Civil Veterinary Dept. North-West Frontier Province 1933-46 - 1933-1946
Year: 1933
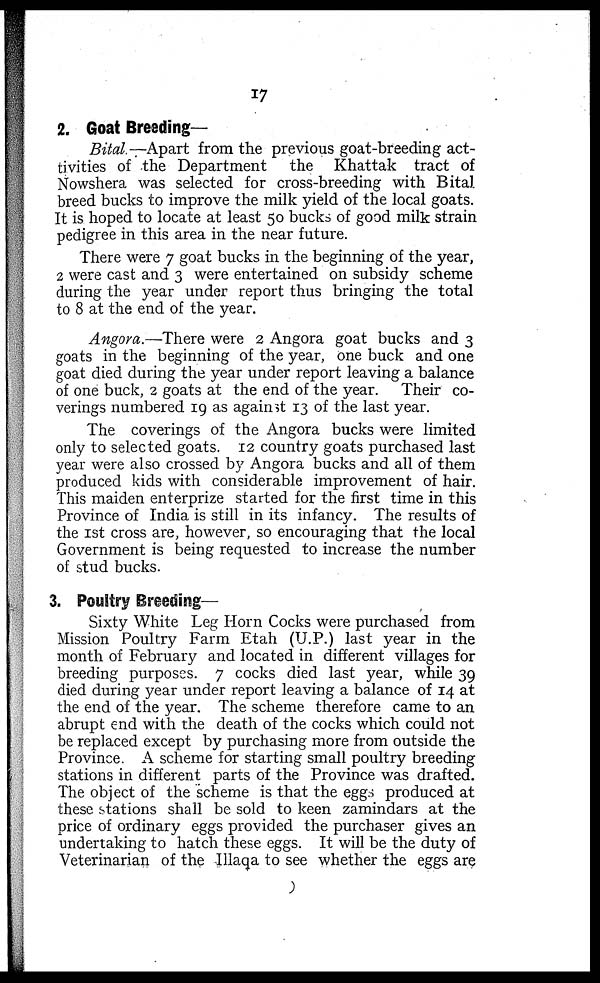
17
2. Goat Breeding—
Bital.—Apart from the previous goat-breeding act-
-ivities of the Department
the Khattak tract of
Nowshera was selected for cross-breeding with Bital
breed bucks to improve the milk yield of the local goats.
It is hoped to locate at least 50 bucks of good milk strain
pedigree in this area in the near future.
There were 7 goat bucks in the beginning of the year,
2 were cast and 3 were entertained on subsidy scheme
during the year under report thus bringing the total
to 8 at the end of the year.
Angora.—There were 2 Angora goat bucks and 3
goats in the beginning of the year, one buck and one
goat died during the year under report leaving a balance
of one buck, 2 goats at the end of the year. Their co-
verings numbered 19 as against 13 of the last year.
The coverings of the Angora bucks were limited
only to selected goats. 12 country goats purchased last
year were also crossed by Angora bucks and all of them
produced kids with considerable improvement of hair.
This maiden enterprize started for the first time in this
Province of India is still in its infancy. The results of
the 1st cross are, however, so encouraging that the local
Government is being requested to increase the number
of stud bucks.
3. Poultry Breeding—
Sixty White Leg Horn Cocks were purchased from
Mission Poultry Farm Etah (U.P.) last year in the
month of February and located in different villages for
breeding purposes. 7 cocks died last year, while 39
died during year under report leaving a balance of 14 at
the end of the year. The scheme therefore came to an
abrupt end with the death of the cocks which could not
be replaced except by purchasing more from outside the
Province A scheme for starting small poultry breeding
stations in different parts of the Province was drafted.
The object of the scheme is that the eggs produced at
these stations shall be sold to keen zamindars at the
price of ordinary eggs provided the purchaser gives an
undertaking to hatch these eggs. It will be the duty of
Veterinarian of the Illaqa to see whether the eggs are